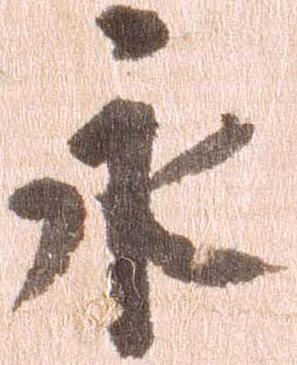
永